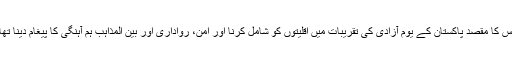
اس کا مقصد پاکستان کے یومِ آزادی کی تقریبات میں اقلیتوں کو شامل کرنا اور امن، رواداری اور بین المذاہب ہم آہنگی کا پیغام دینا تھا۔